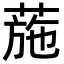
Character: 葹